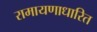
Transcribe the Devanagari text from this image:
रामायणाधारित